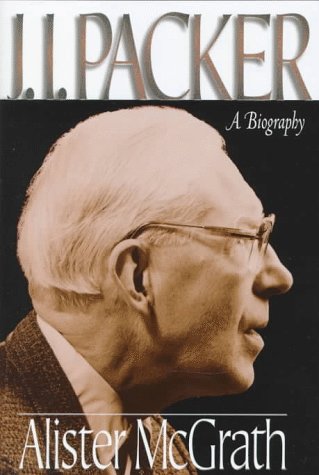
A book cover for J.I. Packer: A Biography; Alister E. McGrath; Christian Books & Bibles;